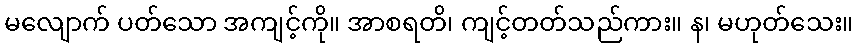
မလျောက် ပတ်သော အကျင့်ကို။ အာစရတိ၊ ကျင့်တတ်သည်ကား။ န၊ မဟုတ်သေး။